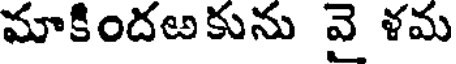
మాకిందఱకును వై ళమ